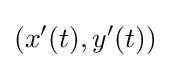
(x'(t),y'(t))